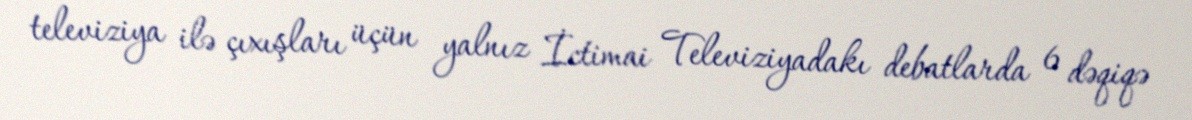
televiziya ilə çıxışları üçün yalnız İctimai Televiziyadakı debatlarda 6 dəqiqə